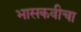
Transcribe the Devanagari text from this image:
भासकवीचा